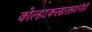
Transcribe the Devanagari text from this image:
कोल्हटकरसारख्यांनीही